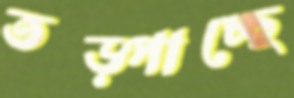
তড়্‌পাচ্ছে